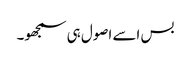
بس اسے اصول ہی سمجھو۔